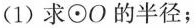
(1)求⊙O的半径；